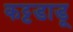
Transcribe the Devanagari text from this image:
कट्टडाडू